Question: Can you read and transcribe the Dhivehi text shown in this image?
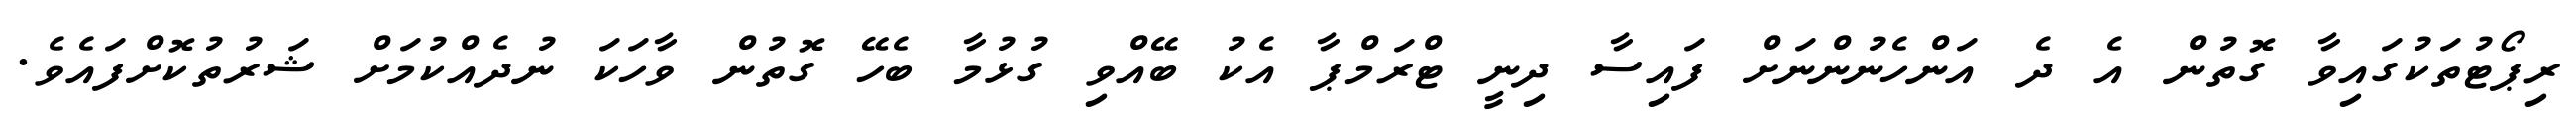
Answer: ރިޕޯޓުތަކުގައިވާ ގޮތުން އެ ދެ އަންހެނުންނަށް ފައިސާ ދިނީ ޓްރަމްޕާ އެކު ބޭއްވި ގުޅުމާ ބެހޭ ގޮތުން ވާހަކަ ނުދެއްކުމަށް ޝަރުތުކޮށްފައެވެ.